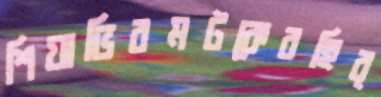
শিয়াভিরমটকেবহির্